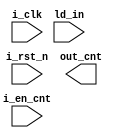
`timescale 1ns / 1ps
//////////////////////////////////////////////////////////////////////////////////
// Company: 
// Engineer: 
// 
// Design Name: 
// Module Name: Counter
// Project Name: 
// Target Devices: 
// Tool Versions: 
// Description: 
// 
// Dependencies: 
// 
// Revision:
// Revision 0.01 - File Created
// Additional Comments:
// 
//////////////////////////////////////////////////////////////////////////////////

`define WIDTH_CNT 4
module Counter(i_clk , i_rst_n , ld_in , i_en_cnt , out_cnt );
input i_clk ;
input i_rst_n ;
input ld_in ;
input i_en_cnt ;
output [`WIDTH_CNT-1:0] out_cnt ;

reg [`WIDTH_CNT-1:0] Q_cnt ;

always @(posedge i_clk)
      begin
    if (~i_rst_n)
       begin
         Q_cnt <= 4'b0000;
         end
     else if (ld_in ==1'b1)
         begin
            if (i_en_cnt ==1'b1)
                begin
          Q_cnt <= Q_cnt + 1'b1 ;
                end
          else
                begin
           Q_cnt <= Q_cnt - 1'b1 ;
                end 
       end
   else
        begin
             Q_cnt <= 4'b0000;
          end
     end
                 
                      
endmodule